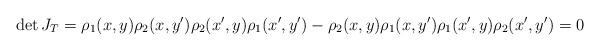
LaTeX: \begin{align*}\det J_T&=\rho_1(x, y)\rho_2(x, y')\rho_2(x', y)\rho_1(x', y') -\rho_2(x, y)\rho_1(x, y')\rho_1(x', y)\rho_2(x',y')=0\end{align*}